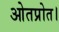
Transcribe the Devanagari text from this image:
ओतप्रोत।